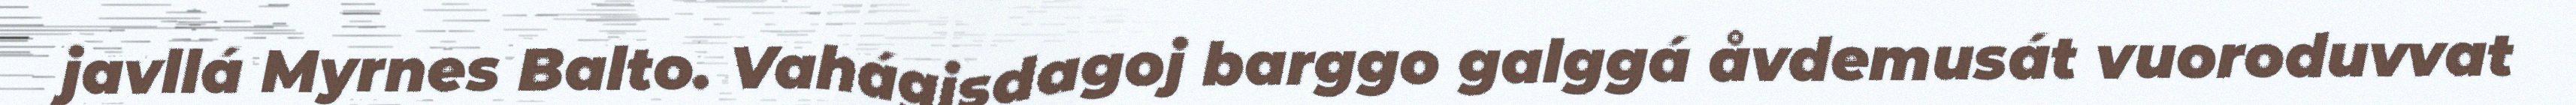
javllá Myrnes Balto. Vahágisdagoj barggo galggá åvdemusát vuoroduvvat